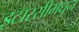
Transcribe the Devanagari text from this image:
इटारसीमधून